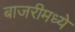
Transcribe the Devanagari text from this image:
बाजरीमध्ये